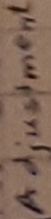
Text: Adjustment